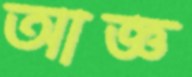
আজ্ঞ